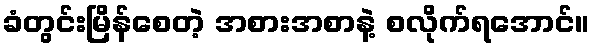
ခံတွင်းမြိန်စေတဲ့ အစားအစာနဲ့ စလိုက်ရအောင်။